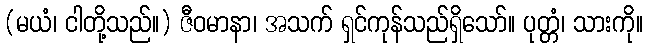
(မယံ၊ ငါတို့သည်။) ဇီဝမာနာ၊ အသက် ရှင်ကုန်သည်ရှိသော်။ ပုတ္တံ၊ သားကို။